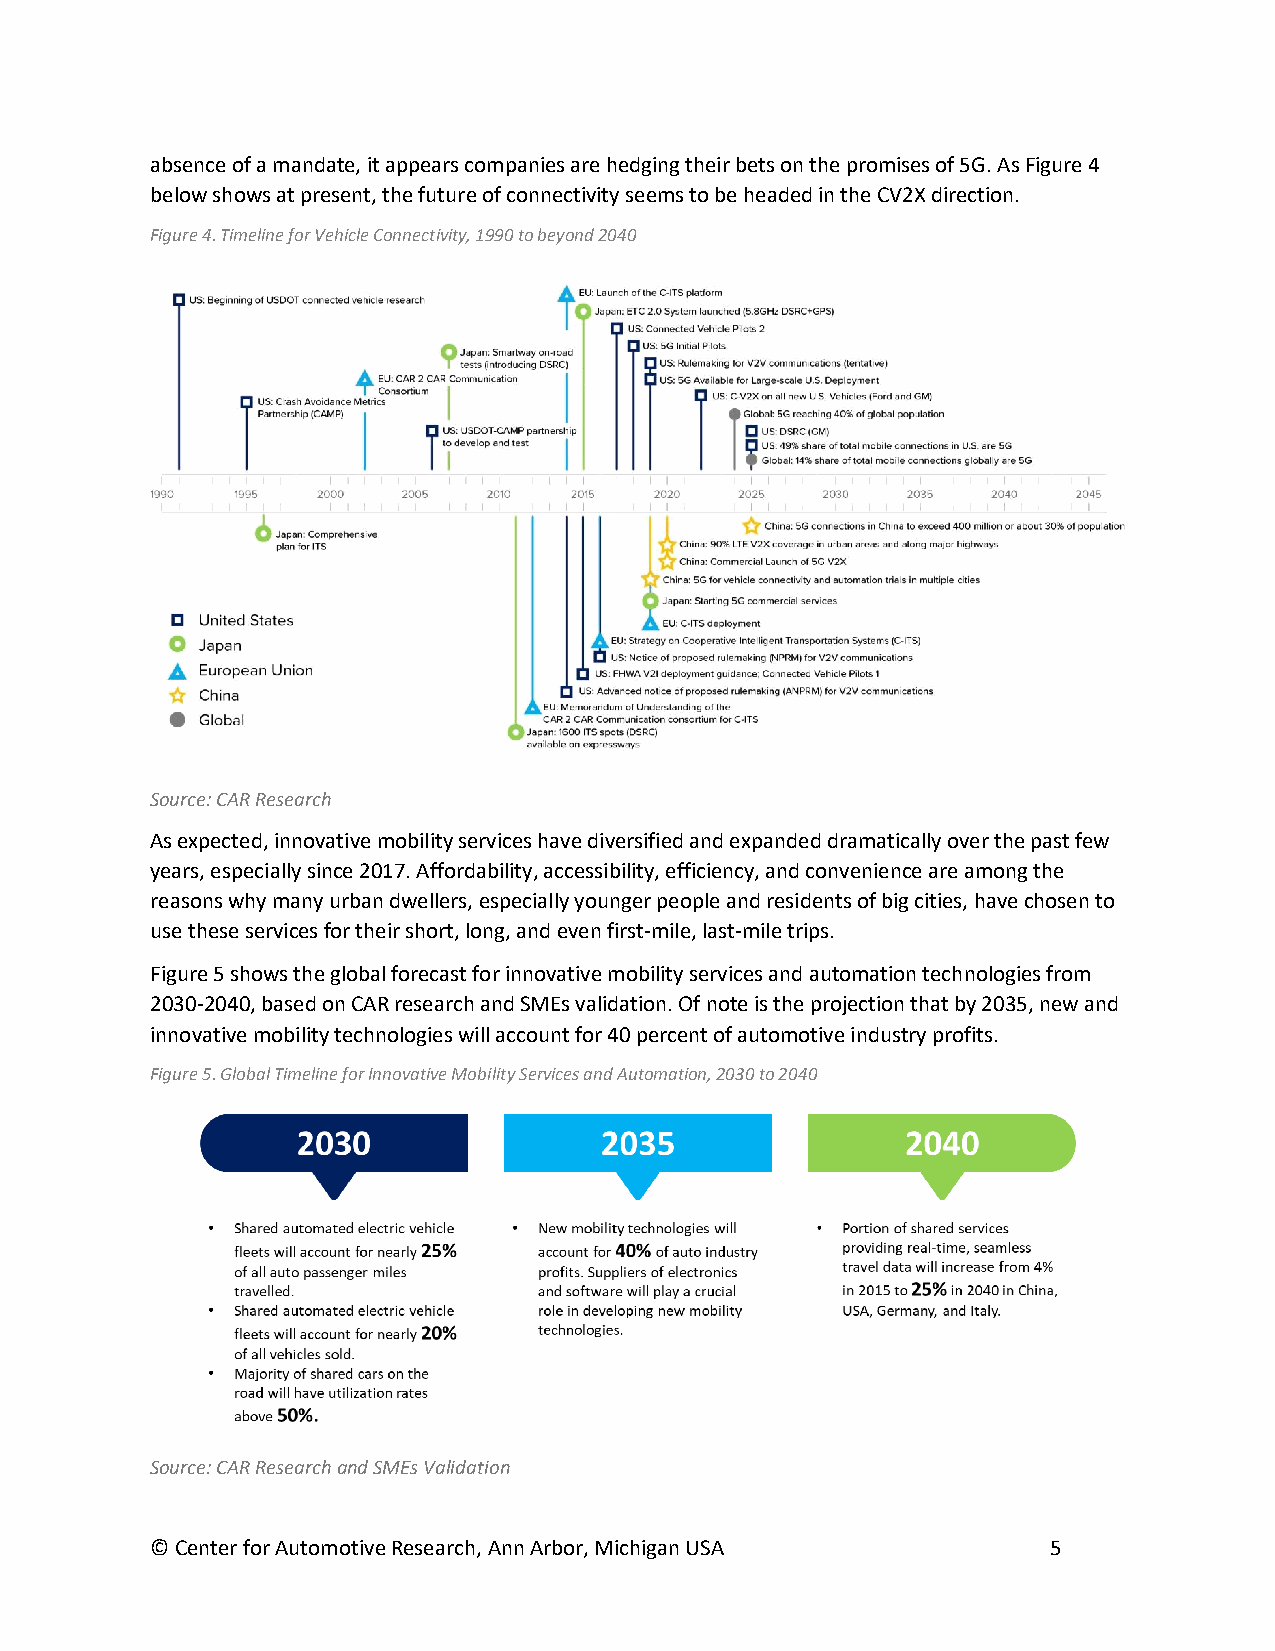
absence of a mandate, it appears companies are hedging their bets on the promises of 5G. As Figure 4
 below shows at present, the future of connectivity seems to be headed in the CV2X direction.
 Figure 4. Timeline for Vehicle Connectivity, 1990 to beyond 2040
 Source: CAR Research
 As expected, innovative mobility services have diversified and expanded dramatically over the past few
 years, especially since 2017. Affordability, accessibility, efficiency, and convenience are among the
 reasons why many urban dwellers, especially younger people and residents of big cities, have chosen to
 use these services for their short, long, and even first-mile, last-mile trips.
 Figure 5 shows the global forecast for innovative mobility services and automation technologies from
 2030-2040, based on CAR research and SMEs validation. Of note is the projection that by 2035, new and
 innovative mobility technologies will account for 40 percent of automotive industry profits.
 Figure 5. Global Timeline for Innovative Mobility Services and Automation, 2030 to 2040
 Source: CAR Research and SMEs Validation
 © Center for Automotive Research, Ann Arbor, Michigan USA   5